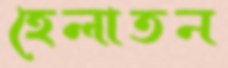
হেলাতন